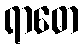
ရာဓော